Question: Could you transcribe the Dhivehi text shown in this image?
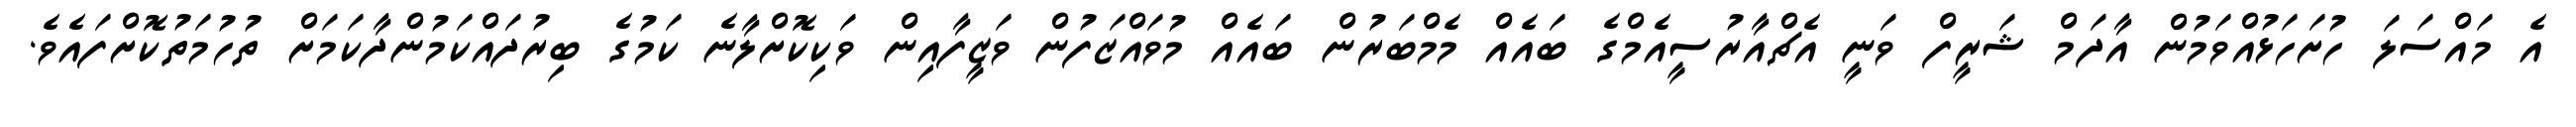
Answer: އެ މައްސަލަ ހުށަހަޅުއްވަމުން އާދަމް ޝަރީފް ވަނީ އެޗްއާރުސީއެމްގެ ބައެއް މެމްބަރުން ބައެއް މުވައްޒަފުން ވަޒީފާއިން ވަކިކޮށްލާނެ ކަމުގެ ބިރުދައްކަމުންދާކަމަށް ތުހުމަތުކޮށްފައެވެ.